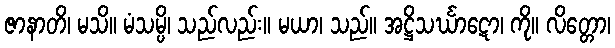
ဇာနာတိ၊ မသိ။ မံသမ္ပိ၊ သည်လည်း။ မယာ၊ သည်။ အဋ္ဌိသင်္ဃာဋော၊ ကို။ လိတ္တော၊